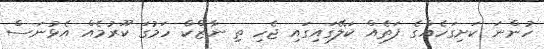
ހުންނަ ކަށިގަހެއްގެ ފަތެއް ކަލޭގައިގައި ޖެހި ތި ނާޒްކް ހަމުގަ ކޫރުމެއް އެޅުނަސް